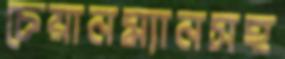
চেয়ানম্যানসহ